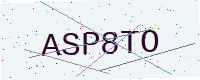
Text: ASP8TO